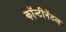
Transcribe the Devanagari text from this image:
कॉन्टीनेंटल